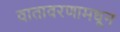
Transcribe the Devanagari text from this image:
वातावरणामधून